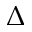
\Delta